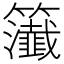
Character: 𥷰